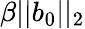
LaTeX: \beta||b_{0}||_{2}